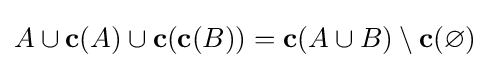
A\cup \mathbf {c} (A)\cup \mathbf {c} (\mathbf {c} (B))=\mathbf {c} (A\cup B)\setminus \mathbf {c} (\varnothing )